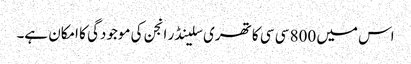
اس میں 800 سی سی کا تھری سلینڈر انجن کی موجودگی کا امکان ہے۔